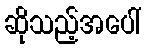
ဆိုသည့်အပေါ်